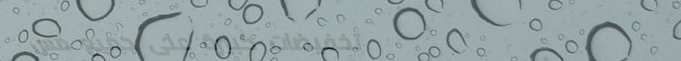
تخفيضات كبيرة على جميع مس